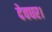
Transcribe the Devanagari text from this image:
देवघर।